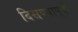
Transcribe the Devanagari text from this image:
दिसण्यापूर्वी